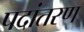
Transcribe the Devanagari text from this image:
पदांतरण